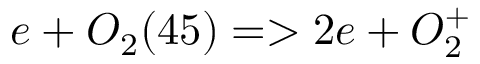
e + O _ { 2 } ( 4 5 ) = > 2 e + O _ { 2 } ^ { + }